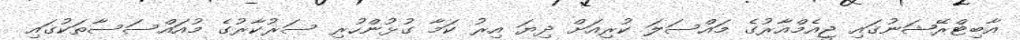
އާބިޓްރޭޝަނުގައި ޖީއެމްއާރުގެ މައްސަލަ ކުރިއަށް ދިޔަ އިރު ކަމާ ގުޅުންހުރި ސަރުކާރުގެ މުއައްސަސާތަކުގައި